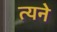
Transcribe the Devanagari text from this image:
त्यने